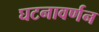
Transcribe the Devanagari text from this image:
घटनावर्णन